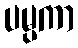
ပမ္ပကာ